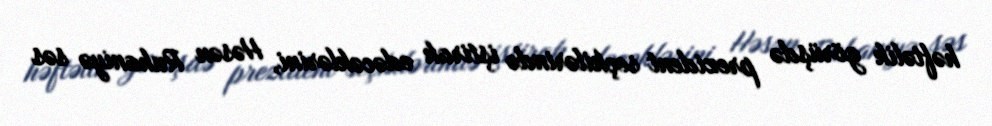
həftəlik görüşdə prezident seçkilərində iştirak edəcəklərini, Həsən Ruhaniyə səs